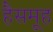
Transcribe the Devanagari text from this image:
हैसमूह